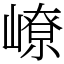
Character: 嶛